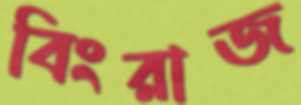
বিংরাজ